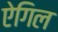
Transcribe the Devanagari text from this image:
ऐगिल